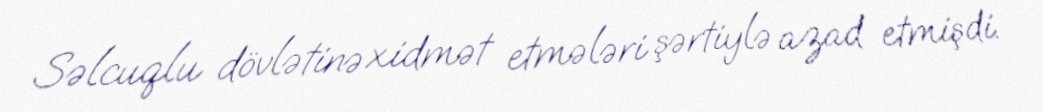
Səlcuqlu dövlətinə xidmət etmələri şərtiylə azad etmişdi.